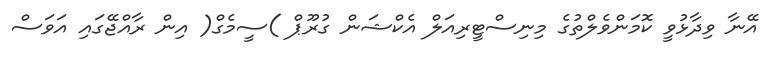
އޭނާ ވިދާޅުވީ ކޮމަންވެލްތުގެ މިނިސްޓީރިއަލް އެކްޝަން ގުރޫޕް )ސީމެގް( އިން ރާއްޖޭގައި އަވަސް